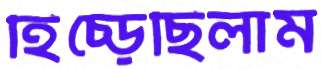
হিঁচ্‌ড়েছিলাম